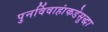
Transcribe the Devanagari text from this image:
पुनर्विवाहांकडेसुद्धा